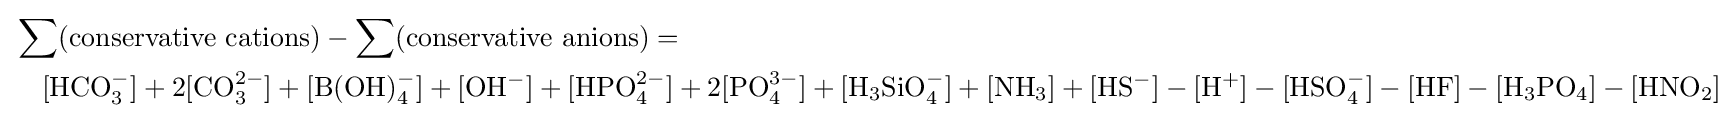
{\begin{aligned}&\sum ({\text{conservative cations}})-\sum ({\text{conservative anions}})=\\&\quad [\mathrm {HCO_{3}^{-}} ]+2[\mathrm {CO_{3}^{2-}} ]+[\mathrm {B(OH)_{4}^{-}} ]+[\mathrm {OH^{-}} ]+[\mathrm {HPO_{4}^{2-}} ]+2[\mathrm {PO_{4}^{3-}} ]+[\mathrm {H_{3}SiO_{4}^{-}} ]+[\mathrm {NH_{3}} ]+[\mathrm {HS^{-}} ]-[\mathrm {H^{+}} ]-[\mathrm {HSO_{4}^{-}} ]-[\mathrm {HF} ]-[\mathrm {H_{3}PO_{4}} ]-[\mathrm {HNO_{2}} ]\end{aligned}}